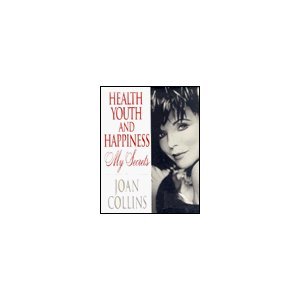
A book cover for Health, Youth and Happiness: My Secrets; Joan Collins; Health, Fitness & Dieting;